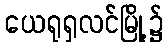
ယေရုရှလင်မြို့၌